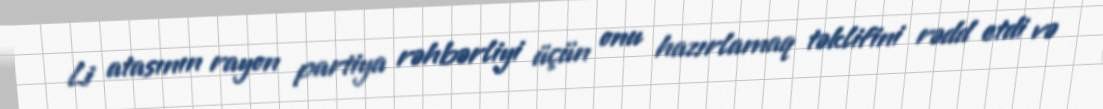
Li atasının rayon partiya rəhbərliyi üçün onu hazırlamaq təklifini rədd etdi və